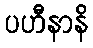
ပဟီနာနိ